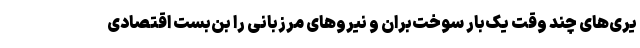
یری‌های چند وقت یک‌بار سوخت‌بران و نیروهای مرزبانی را بن‌بست اقتصادی